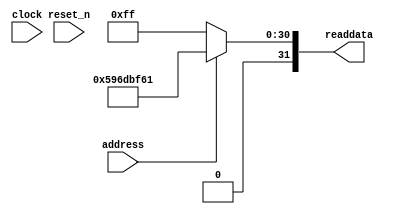
module soc_design_SystemID_12 (
                address,
                clock,
                reset_n,
                readdata
             )
;
  output  [ 31: 0] readdata;
  input            address;
  input            clock;
  input            reset_n;
  wire    [ 31: 0] readdata;
  assign readdata = address ? 1500364641 : 255;
endmodule